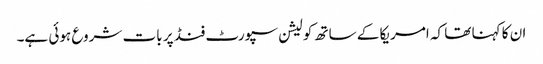
ان کا کہنا تھا کہ امریکا کے ساتھ کولیشن سپورٹ فنڈ پر بات شروع ہوئی ہے۔